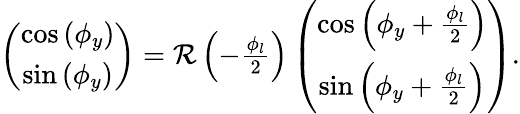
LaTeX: \begin{array}{r}{\left(\begin{array}{c}{\cos\left(\phi_{y}\right)}\\ {\sin\left(\phi_{y}\right)}\end{array}\right)={\mathcal R}\left(-\frac{\phi_{l}}{2}\right)\left(\begin{array}{c}{\cos\left(\phi_{y}+\frac{\phi_{l}}{2}\right)}\\ {\sin\left(\phi_{y}+\frac{\phi_{l}}{2}\right)}\end{array}\right).}\end{array}